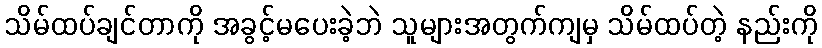
သိမ်ထပ်ချင်တာကို အခွင့်မပေးခဲ့ဘဲ သူများအတွက်ကျမှ သိမ်ထပ်တဲ့ နည်းကို